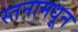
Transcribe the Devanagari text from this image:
स्तनामधून